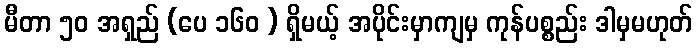
မီတာ ၅၀ အရှည် (ပေ ၁၆၀ ) ရှိမယ့် အပိုင်းမှာကျမှ ကုန်ပစ္စည်း ဒါမှမဟုတ်